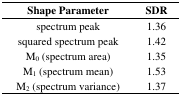
| Shape Parameter | SDR |
 | --- | --- |
 | spectrum peak | 1.36 |
 | squared spectrum peak | 1.42 |
 | M0 (spectrum area) | 1.35 |
 | M1 (spectrum mean) | 1.53 |
 | M2 (spectrum variance) | 1.37 |